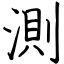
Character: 測